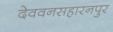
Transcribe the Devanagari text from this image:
देववनसहारनपुर